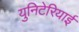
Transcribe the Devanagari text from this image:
युनिटेरियाई